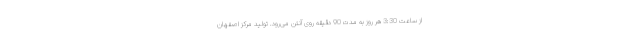
از ساعت 3:30 هر روز به مدت 90 دقیقه روی آنتن می‌رود. تولید مرکز اصفهان